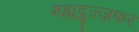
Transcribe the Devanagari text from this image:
मह्मूदुज्ज़फर